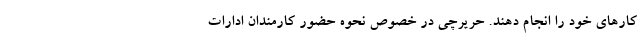
کارهای خود را انجام دهند. حریرچی در خصوص نحوه حضور کارمندان ادارات